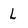
Character: L